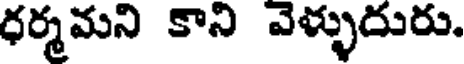
ధర్మమని కాని వెళ్ళుదురు.